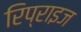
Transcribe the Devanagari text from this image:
रिप्राइज